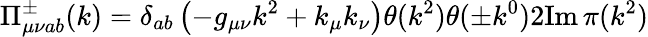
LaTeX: \Pi_{\mu\nu ab}^{\pm}(k)=\delta_{ab}\left(-g_{\mu\nu}k^{2}+k_{\mu}k_{\nu}\right)\theta(k^{2})\theta(\pm k^{0})2\mathrm{Im}\, \pi(k^{2})